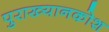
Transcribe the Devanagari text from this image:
पुराख्यानकोश